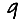
Digit: 9